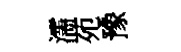
濡苑豫